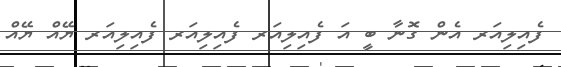
ފެއިލިއަރ އެން ގޮނާ ބީ އަ ފެއިލިއަރ ފެއިލިއަރ ފެއިލިއަރ ޔޭއް ޔޭއް